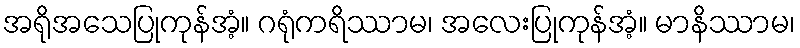
အရိုအသေပြုကုန်အံ့။ ဂရုံကရိဿာမ၊ အလေးပြုကုန်အံ့။ မာနိဿာမ၊